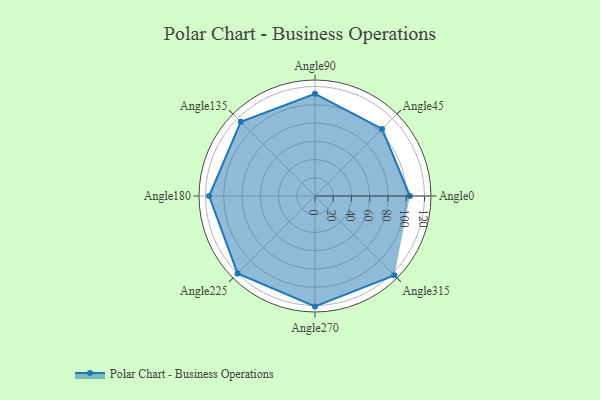
{"axis": {"x": "Angle", "y": "Radius"}, "legend": [""], "data": [{"x": "Angle0", "y": 104.0, "type": ""}, {"x": "Angle45", "y": 104.0, "type": ""}, {"x": "Angle90", "y": 112.0, "type": ""}, {"x": "Angle135", "y": 115.0, "type": ""}, {"x": "Angle180", "y": 116.0, "type": ""}, {"x": "Angle225", "y": 120.0, "type": ""}, {"x": "Angle270", "y": 121.0, "type": ""}, {"x": "Angle315", "y": 123.0, "type": ""}]}